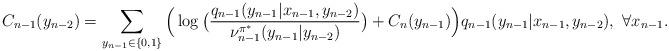
LaTeX: \begin{align*}C_{n-1}(y_{n-2})=\sum_{y_{n-1}\in\{0,1\}}\Big(\log\big(\frac{q_{n-1}(y_{n-1}|x_{n-1},y_{n-2})}{\nu^{\pi^*}_{n-1}(y_{n-1}|y_{n-2})}\big)+C_n(y_{n-1})\Big)q_{n-1}(y_{n-1}|x_{n-1},y_{n-2}),~\forall{x_{n-1}}.\end{align*}